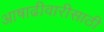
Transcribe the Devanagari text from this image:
आषाढीवारीसाठी